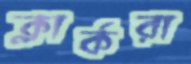
ক্লার্করা